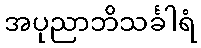
အပုညာဘိသင်္ခါရံ